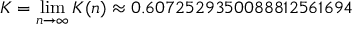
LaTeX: K = \operatorname* { l i m } _ { n \to \infty } K ( n ) \approx 0 . 6 0 7 2 5 2 9 3 5 0 0 8 8 8 1 2 5 6 1 6 9 4